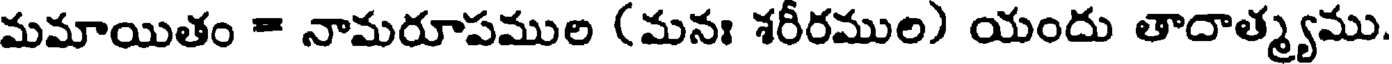
మమాయితం - నామరూపముల (మనః శరీరముల) యందు తాదాత్మ్యము